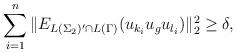
LaTeX: \begin{align*}\sum_{i=1}^n\|E_{L(\Sigma_2)'\cap L(\Gamma)}(u_{k_i}u_gu_{l_i})\|_2^2\geq\delta,\;\;\;\;\end{align*}